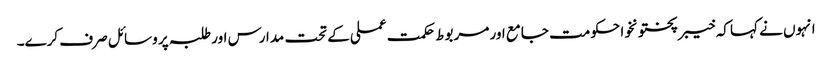
انہوں نے کہا کہ خیبرپختونخوا حکومت جامع اور مربوط حکمت عملی کے تحت مدارس اور طلبہ پر وسائل صرف کرے۔